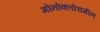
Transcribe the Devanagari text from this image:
मोनोक्लोरामीन